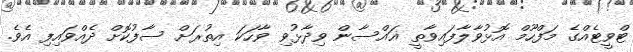
ޓްވީޓެއްގެ މަފްހޫމް އޮޅުވާލާފައިވާތީ ޣައްސާން ވިދާޅުވި ވާހަކަ އިތުރަށް ސާފުކޮށް ދެއްވައިފި އެވެ.